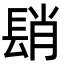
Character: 𨲆